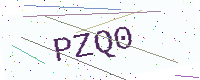
Text: PZQ0